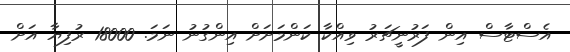
އެސްޓާސް އިން ފަރުނީޗަރު ވިއްކާ ކަންމަށަށް އިންގުނު ނަމަ. 18000 ރުފިޔާ އަށް